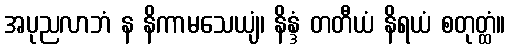
အပုညလာဘံ န နိကာမသေယျံ၊ နိန္ဒံ တတီယံ နိရယံ စတုတ္ထံ။